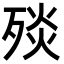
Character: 𣨬